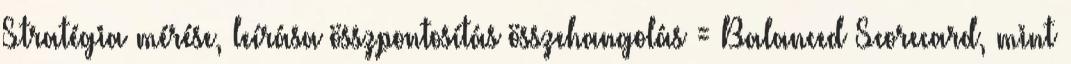
Stratégia mérése, leírása összpontosítás összehangolás = Balanced Scorecard, mint